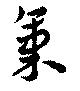
気